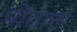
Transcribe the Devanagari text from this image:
पोतानां